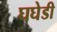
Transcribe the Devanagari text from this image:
घघेडी